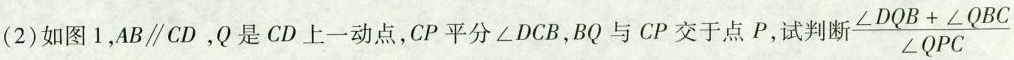
(2)如图1，AB\parallel CD.Q是CD上一动点，CP平分∠DCB，BQ与CP交于点P，试判断 \frac{\angle DQB+ \angle QBC}{\angle QPC}